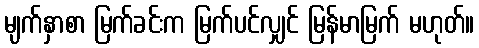
မျက်နှာစာ မြက်ခင်းက မြက်ပင်လျှင် မြန်မာမြက် မဟုတ်။